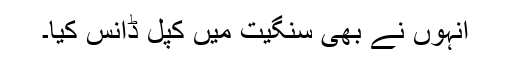
انہوں نے بھی سنگیت میں کپل ڈانس کیا۔